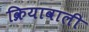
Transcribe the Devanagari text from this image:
क्रियावाली